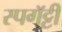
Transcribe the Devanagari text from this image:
स्पगॅट्टी